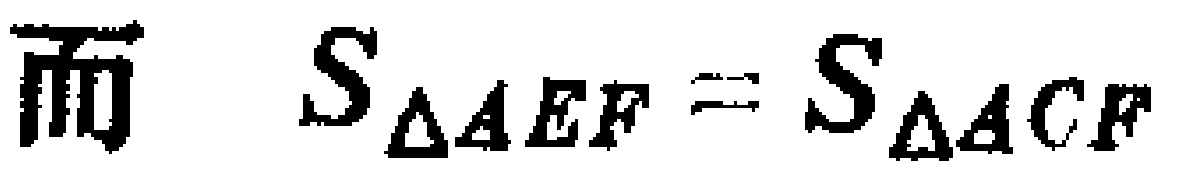
而 \(S_{\triangle AEF}=S_{\triangle ACF}\)